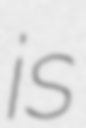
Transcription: is